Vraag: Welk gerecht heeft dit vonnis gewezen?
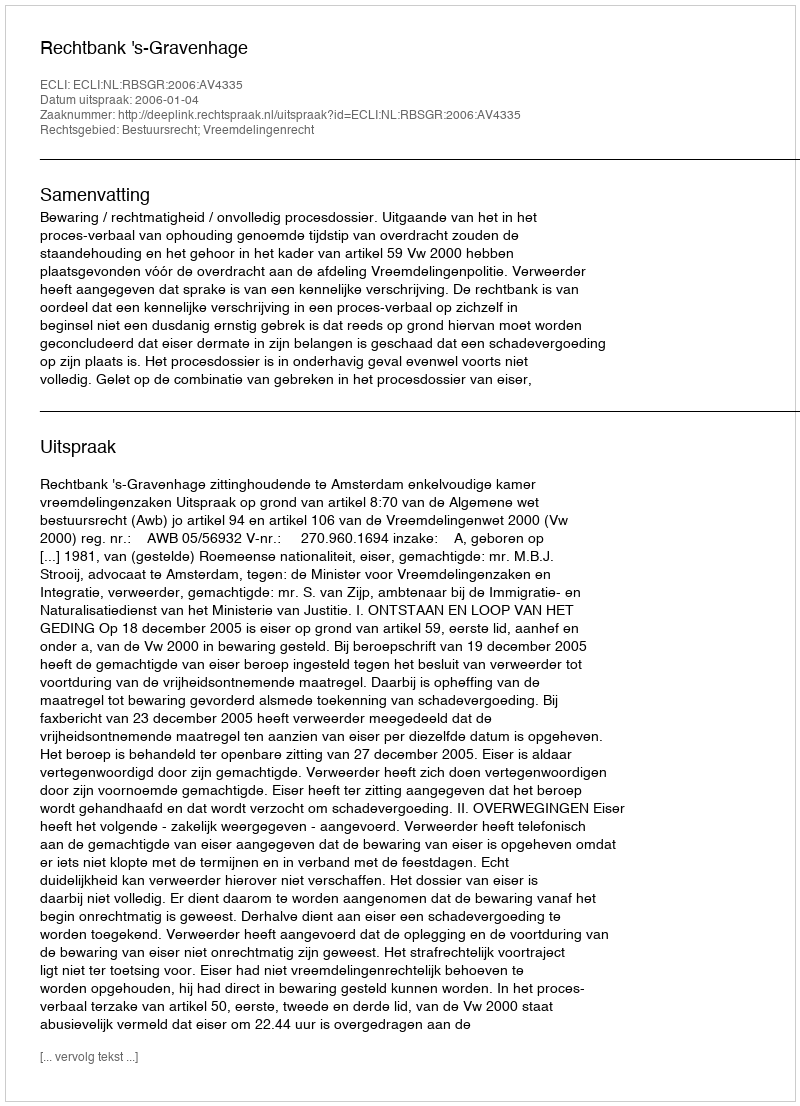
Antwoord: Rechtbank 's-Gravenhage